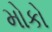
મોકો